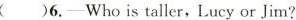
( )6.——Who is taller, Lucy or Jim?